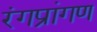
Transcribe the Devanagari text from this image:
रंगप्रांगण